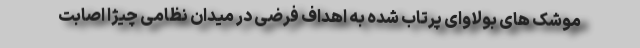
موشک های بولاوای پرتاب شده به اهداف فرضی در میدان نظامی چیژا اصابت